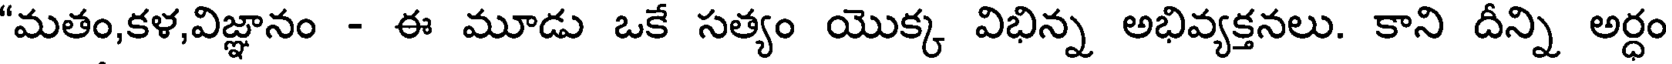
"మతం,కళ,విజ్ఞానం - ఈ మూడు ఒకే సత్యం యొక్క విభిన్న అభివ్యక్తనలు. కాని దీన్ని అర్ధం